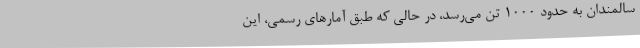
سالمندان به حدود 1000 تن می‌رسد، در حالی که طبق آمارهای رسمی، این